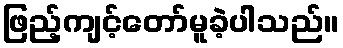
ဖြည့်ကျင့်တော်မူခဲ့ပါသည်။